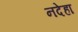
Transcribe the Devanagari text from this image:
नदेहा